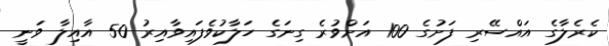
ކެރެލާގެ އައްސޭރި ފަށުގެ 100 އަށްވުރެ ގިނަގެ ހަލާކުވެފައިވާއިރު 50 އާއިލާ ވަނީ